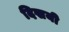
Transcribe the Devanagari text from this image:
दिखयी